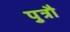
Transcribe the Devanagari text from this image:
पुत्रौ